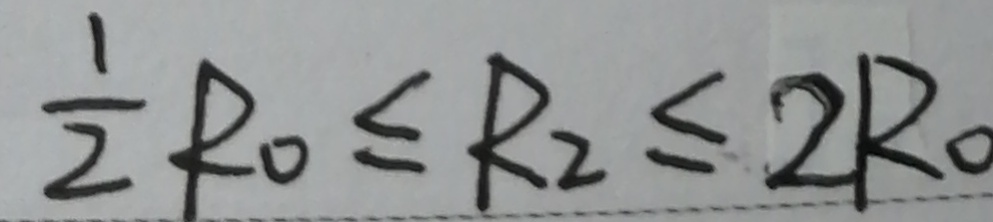
\frac { 1 } { 2 } R _ { 0 } \leq R _ { 2 } \leq 2 R _ { 0 }